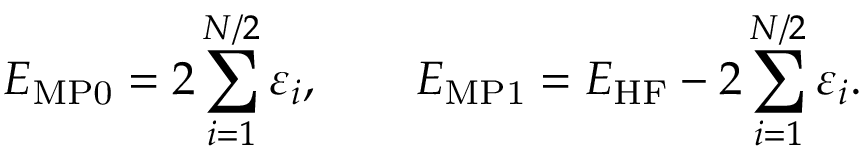
E _ { \mathrm { M P 0 } } = 2 \sum _ { i = 1 } ^ { N / 2 } \varepsilon _ { i } , \qquad E _ { \mathrm { M P 1 } } = E _ { \mathrm { H F } } - 2 \sum _ { i = 1 } ^ { N / 2 } \varepsilon _ { i } .